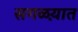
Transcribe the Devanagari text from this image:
सगळय़ात